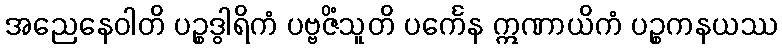
အညေနေဝါတိ ပဉ္စဒွါရိကံ ပဗ္ဗဇိံသူတိ ပင်္ကေန ဣဏာယိကံ ပဉ္စကနယဿ